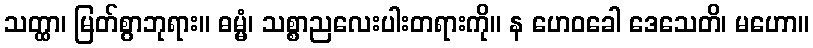
သတ္ထာ၊ မြတ်စွာဘုရား။ ဓမ္မံ၊ သစ္စာညလေးပါးတရားကို။ န ဟေဝခေါ ဒေသေတိ၊ မဟော။